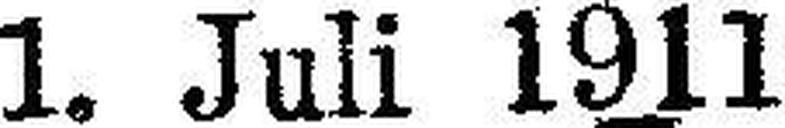
1. Juli 1911